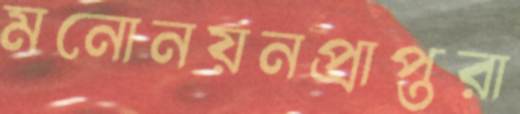
মনোনয়নপ্রাপ্তরা